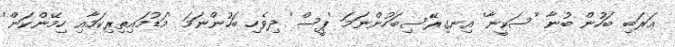
ޢަރަބި ބަހުން ބުނާ 'ސަކީނާ' އިނގިރޭސިބަހުންނަމަ 'ޕީސް' ދިވެހި ބަހުންނަމަ 'މަޑުމައިތިރިކަމާއި ހިމޭންކަން'